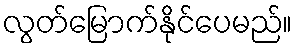
လွတ်မြောက်နိုင်ပေမည်။